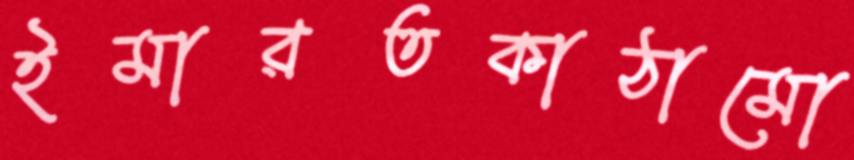
ইমারতকাঠামো